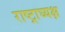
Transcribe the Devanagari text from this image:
राष्ट्राघ्यक्ष